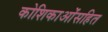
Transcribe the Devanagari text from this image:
कोशिकाओंसहित